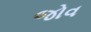
જોવ